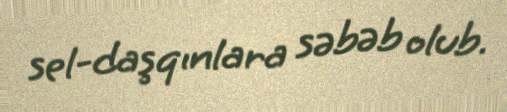
sel-daşqınlara səbəb olub.